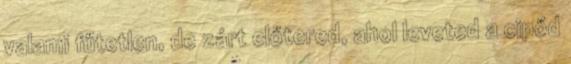
valami fűtetlen, de zárt előtered, ahol leveted a cipőd